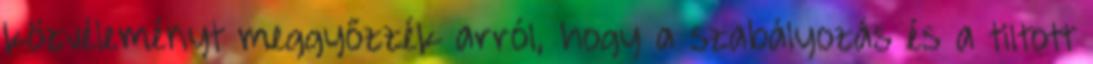
közvéleményt meggyőzzék arról, hogy a szabályozás és a tiltott